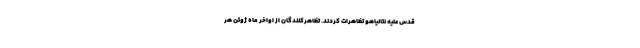
قدس علیه نتانیاهو تظاهرات کردند. تظاهرکنندگان از اواخر ماه ژوئن هر